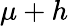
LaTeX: \mu+h